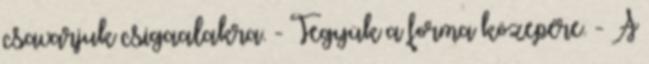
csavarjuk csigaalakra. - Tegyük a forma közepére. - A